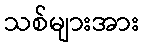
သစ်များအား